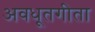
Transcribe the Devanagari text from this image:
अवधूतगीता